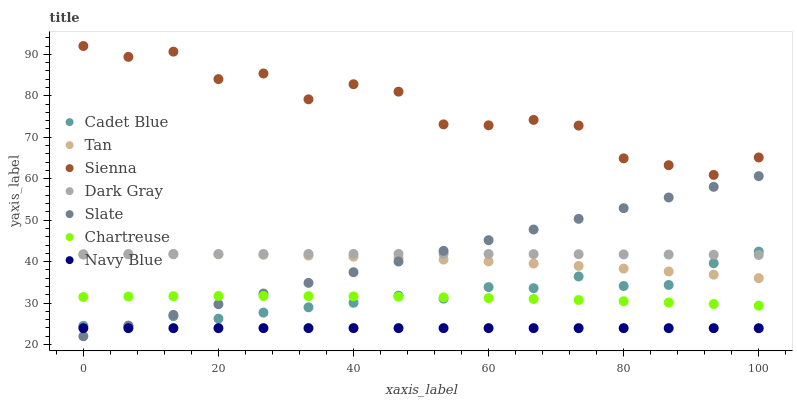
| xaxis_label | Cadet Blue | Tan | Sienna | Dark Gray | Slate | Chartreuse | Navy Blue |
 | --- | --- | --- | --- | --- | --- | --- | --- |
 | 0 | 24.5 | 41.8 | 92 | 41.7 | 22 | 31.5 | 23.9 |
 | 6.67 | 24.4 | 41.8 | 89.4 | 41.8 | 24.6 | 31.6 | 24 |
 | 13.3 | 26.8 | 41.8 | 90.6 | 41.8 | 27.1 | 31.7 | 24 |
 | 20 | 26.2 | 41.8 | 84 | 41.8 | 29.7 | 31.7 | 24 |
 | 26.7 | 27.7 | 41.6 | 85.4 | 41.8 | 32.3 | 31.7 | 24 |
 | 33.3 | 29 | 41.4 | 79.1 | 41.9 | 34.9 | 31.7 | 24 |
 | 40 | 30.1 | 41.2 | 82.8 | 41.9 | 37.4 | 31.6 | 24 |
 | 46.7 | 31.8 | 40.9 | 81 | 41.9 | 40 | 31.5 | 24 |
 | 53.3 | 31.1 | 40.5 | 73.1 | 41.9 | 42.6 | 31.4 | 24 |
 | 60 | 33.9 | 40 | 72.9 | 41.8 | 45.2 | 31.2 | 24 |
 | 66.7 | 33.6 | 39.5 | 74.2 | 41.8 | 47.7 | 31 | 24 |
 | 73.3 | 36.4 | 39 | 72.8 | 41.8 | 50.3 | 30.7 | 24 |
 | 80 | 34.1 | 38.3 | 64.9 | 41.7 | 52.9 | 30.5 | 24 |
 | 86.7 | 34.4 | 37.6 | 63.3 | 41.7 | 55.5 | 30.1 | 24 |
 | 93.3 | 39.6 | 36.8 | 60.9 | 41.7 | 58 | 29.8 | 23.9 |
 | 100 | 42.4 | 36 | 65.1 | 41.6 | 60.6 | 29.4 | 23.9 |